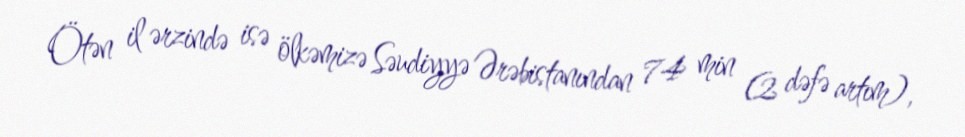
Ötən il ərzində isə ölkəmizə Səudiyyə Ərəbistanından 74 min (2 dəfə artım),